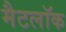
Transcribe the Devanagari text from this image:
मैटलॉक